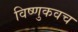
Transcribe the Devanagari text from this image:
विष्णुकवच